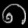
Digit: ၈